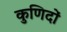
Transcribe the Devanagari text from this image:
कुणिदों